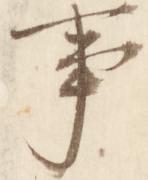
事